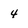
Character: 4